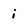
Character: i